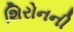
શિરોનની